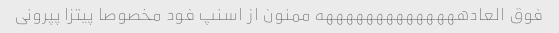
فوق العادههههههههههههههه ممنون از اسنپ فود مخصوصا پیتزا پپرونی